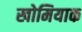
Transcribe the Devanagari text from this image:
खोमियाक